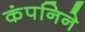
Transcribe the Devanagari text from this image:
कंपनिने